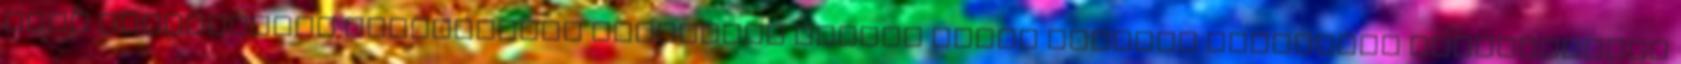
vagy viselkedési jellemzőire vonatkozó minden olyan sajátos technikai eljárásokkal